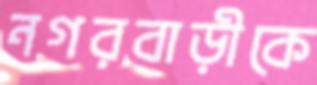
নগরবাড়ীকে